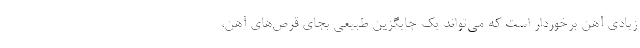
زیادی آهن برخوردار است که می‌تواند یک جایگزین طبیعی بجای قرص‌های آهن،